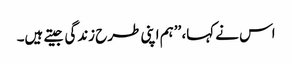
اس نے کہا، ’’ہم اپنی طرح زندگی جیتے ہیں۔